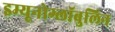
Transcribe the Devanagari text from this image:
इम्यूनोग्लॉबुलिन